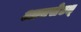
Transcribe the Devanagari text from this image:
आनसेटत्